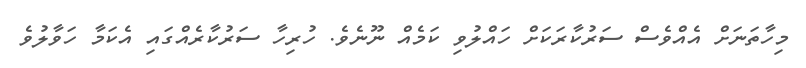
މިހާތަނަށް އެއްވެސް ސަރުކާރަކަށް ހައްލުވި ކަމެއް ނޫނެވެ. ހުރިހާ ސަރުކާރެއްގައި އެކަމާ ހަވާލުވެ